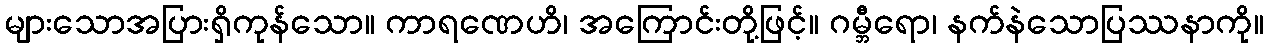
များသောအပြားရှိကုန်သော။ ကာရဏေဟိ၊ အကြောင်းတို့ဖြင့်။ ဂမ္ဘီရော၊ နက်နဲသောပြဿနာကို။